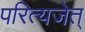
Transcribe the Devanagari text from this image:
परित्यजेत्